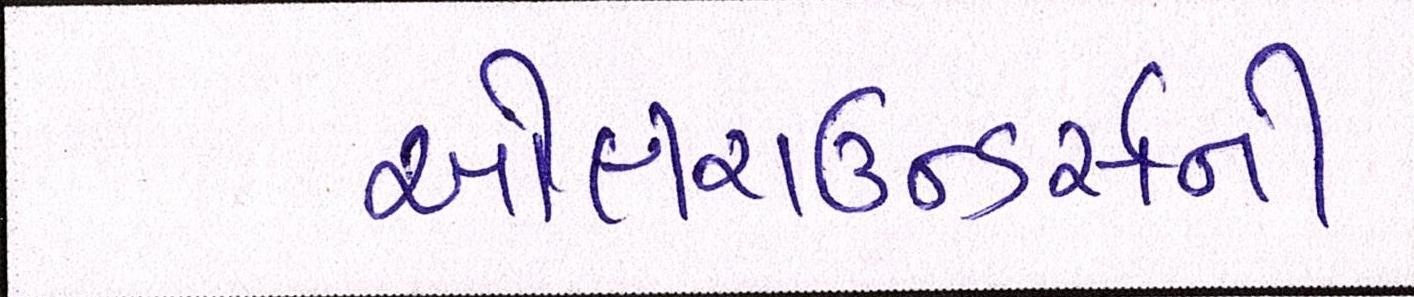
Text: ઓલરાઉન્ડર્સની